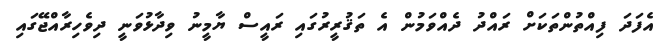
އެފަދަ ފިއްތުންތަކަށް ރައްދު ދެއްވަމުން އެ ތަޤުރީރުގައި ރައީސް ޔާމީނު ވިދާޅުވަނީ ދިވެހިރާއްޖޭގައި